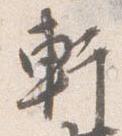
軒